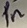
Text: 1n